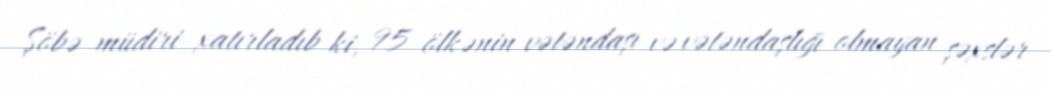
Şöbə müdiri xatırladıb ki, 95 ölkənin vətəndaşı və vətəndaşlığı olmayan şəxslər